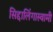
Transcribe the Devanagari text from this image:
सिद्दालिंगास्वामी